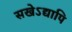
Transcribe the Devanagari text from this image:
सखेऽद्यापि